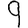
Digit: 9